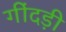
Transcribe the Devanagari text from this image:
गींदड़ी